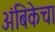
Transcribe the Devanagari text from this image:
अंबिकेचा